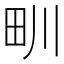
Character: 甽